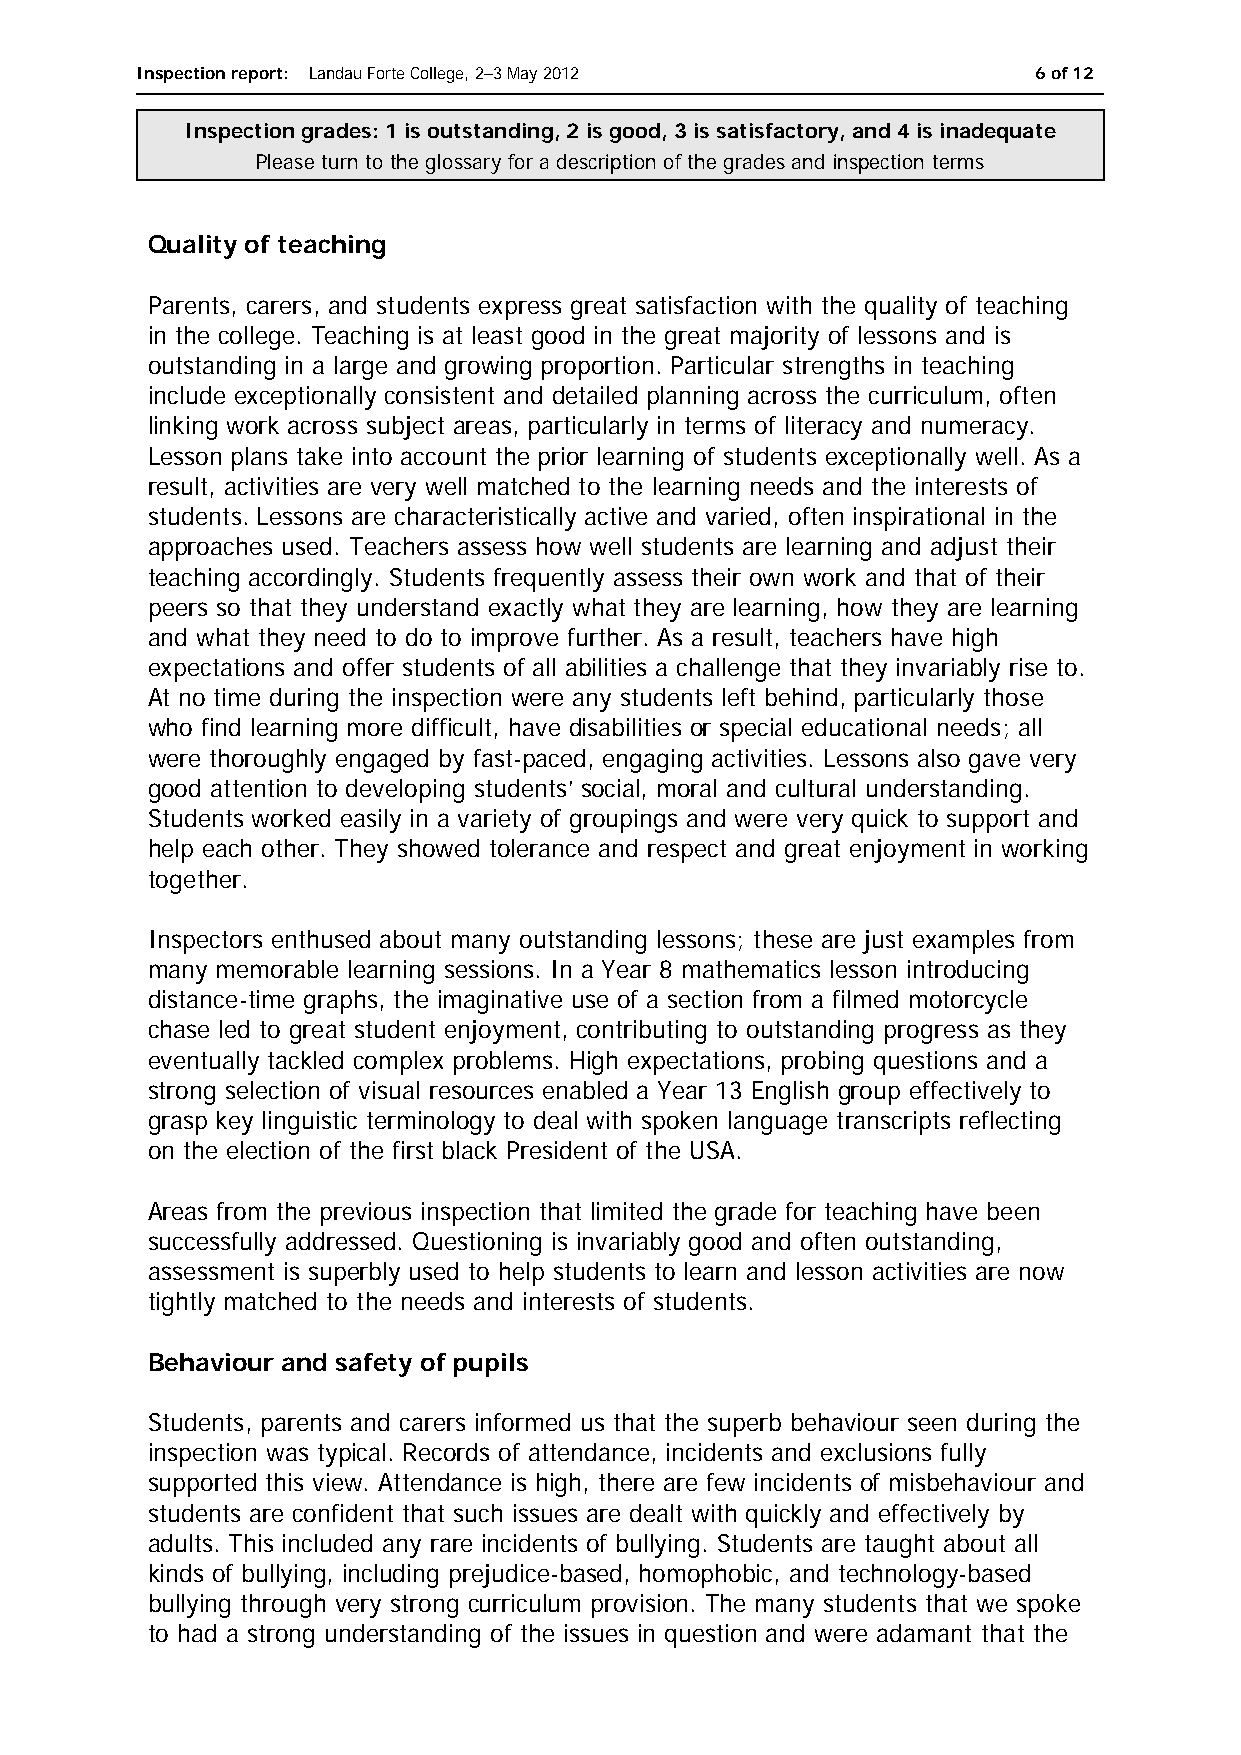
Inspection report: Landau Forte College, 2–3 May 2012      6 of 12
 Inspection grades: 1 is outstanding, 2 is good, 3 is satisfactory, and 4 is inadequate
 Please turn to the glossary for a description of the grades and inspection terms
 Quality of teaching
 Parents, carers, and students express great satisfaction with the quality of teaching
 in the college. Teaching is at least good in the great majority of lessons and is
 outstanding in a large and growing proportion. Particular strengths in teaching
 include exceptionally consistent and detailed planning across the curriculum, often
 linking work across subject areas, particularly in terms of literacy and numeracy.
 Lesson plans take into account the prior learning of students exceptionally well. As a
 result, activities are very well matched to the learning needs and the interests of
 students. Lessons are characteristically active and varied, often inspirational in the
 approaches used. Teachers assess how well students are learning and adjust their
 teaching accordingly. Students frequently assess their own work and that of their
 peers so that they understand exactly what they are learning, how they are learning
 and what they need to do to improve further. As a result, teachers have high
 expectations and offer students of all abilities a challenge that they invariably rise to.
 At no time during the inspection were any students left behind, particularly those
 who find learning more difficult, have disabilities or special educational needs; all
 were thoroughly engaged by fast-paced, engaging activities. Lessons also gave very
 good attention to developing students’ social, moral and cultural understanding.
 Students worked easily in a variety of groupings and were very quick to support and
 help each other. They showed tolerance and respect and great enjoyment in working
 together.
 Inspectors enthused about many outstanding lessons; these are just examples from
 many memorable learning sessions. In a Year 8 mathematics lesson introducing
 distance-time graphs, the imaginative use of a section from a filmed motorcycle
 chase led to great student enjoyment, contributing to outstanding progress as they
 eventually tackled complex problems. High expectations, probing questions and a
 strong selection of visual resources enabled a Year 13 English group effectively to
 grasp key linguistic terminology to deal with spoken language transcripts reflecting
 on the election of the first black President of the USA.
 Areas from the previous inspection that limited the grade for teaching have been
 successfully addressed. Questioning is invariably good and often outstanding,
 assessment is superbly used to help students to learn and lesson activities are now
 tightly matched to the needs and interests of students.
 Behaviour and safety of pupils
 Students, parents and carers informed us that the superb behaviour seen during the
 inspection was typical. Records of attendance, incidents and exclusions fully
 supported this view. Attendance is high, there are few incidents of misbehaviour and
 students are confident that such issues are dealt with quickly and effectively by
 adults. This included any rare incidents of bullying. Students are taught about all
 kinds of bullying, including prejudice-based, homophobic, and technology-based
 bullying through very strong curriculum provision. The many students that we spoke
 to had a strong understanding of the issues in question and were adamant that the